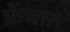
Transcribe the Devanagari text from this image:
फ्रेंचात